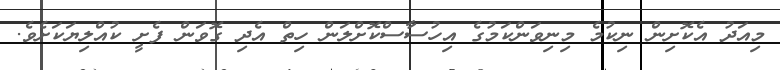
މިއަދު އެކޮށިން ނިކުމެ މިނިވަންކަމުގެ އިހުސާސްކޮށްލަން ހިތް އެދި ގޮވަން ފެށީ ކުއްލިޔަކަށެވެ.